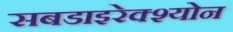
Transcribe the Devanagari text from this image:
सबडाइरेक्श्योन